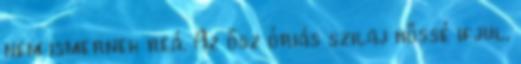
nem ismernek reá. Az ősz óriás szilaj hőssé ifjul,